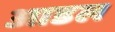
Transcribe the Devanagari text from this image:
आडल